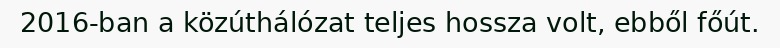
2016-ban a közúthálózat teljes hossza volt, ebből főút.